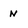
Character: n